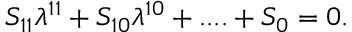
S _ { 1 1 } \lambda ^ { 1 1 } + S _ { 1 0 } \lambda ^ { 1 0 } + . . . . + S _ { 0 } = 0 .